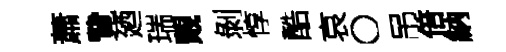
蕭覽廼瑞覿剝惇酷哀〇吊倍納